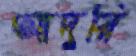
আদুরি